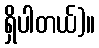
ရှိပါတယ်)။